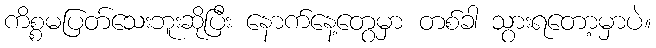
ကိစ္စမပြတ်သေးဘူးဆိုပြီး နောက်နေ့တွေမှာ တစ်ခါ သွားရတော့မှာပဲ။